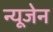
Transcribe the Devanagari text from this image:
न्यूजेन